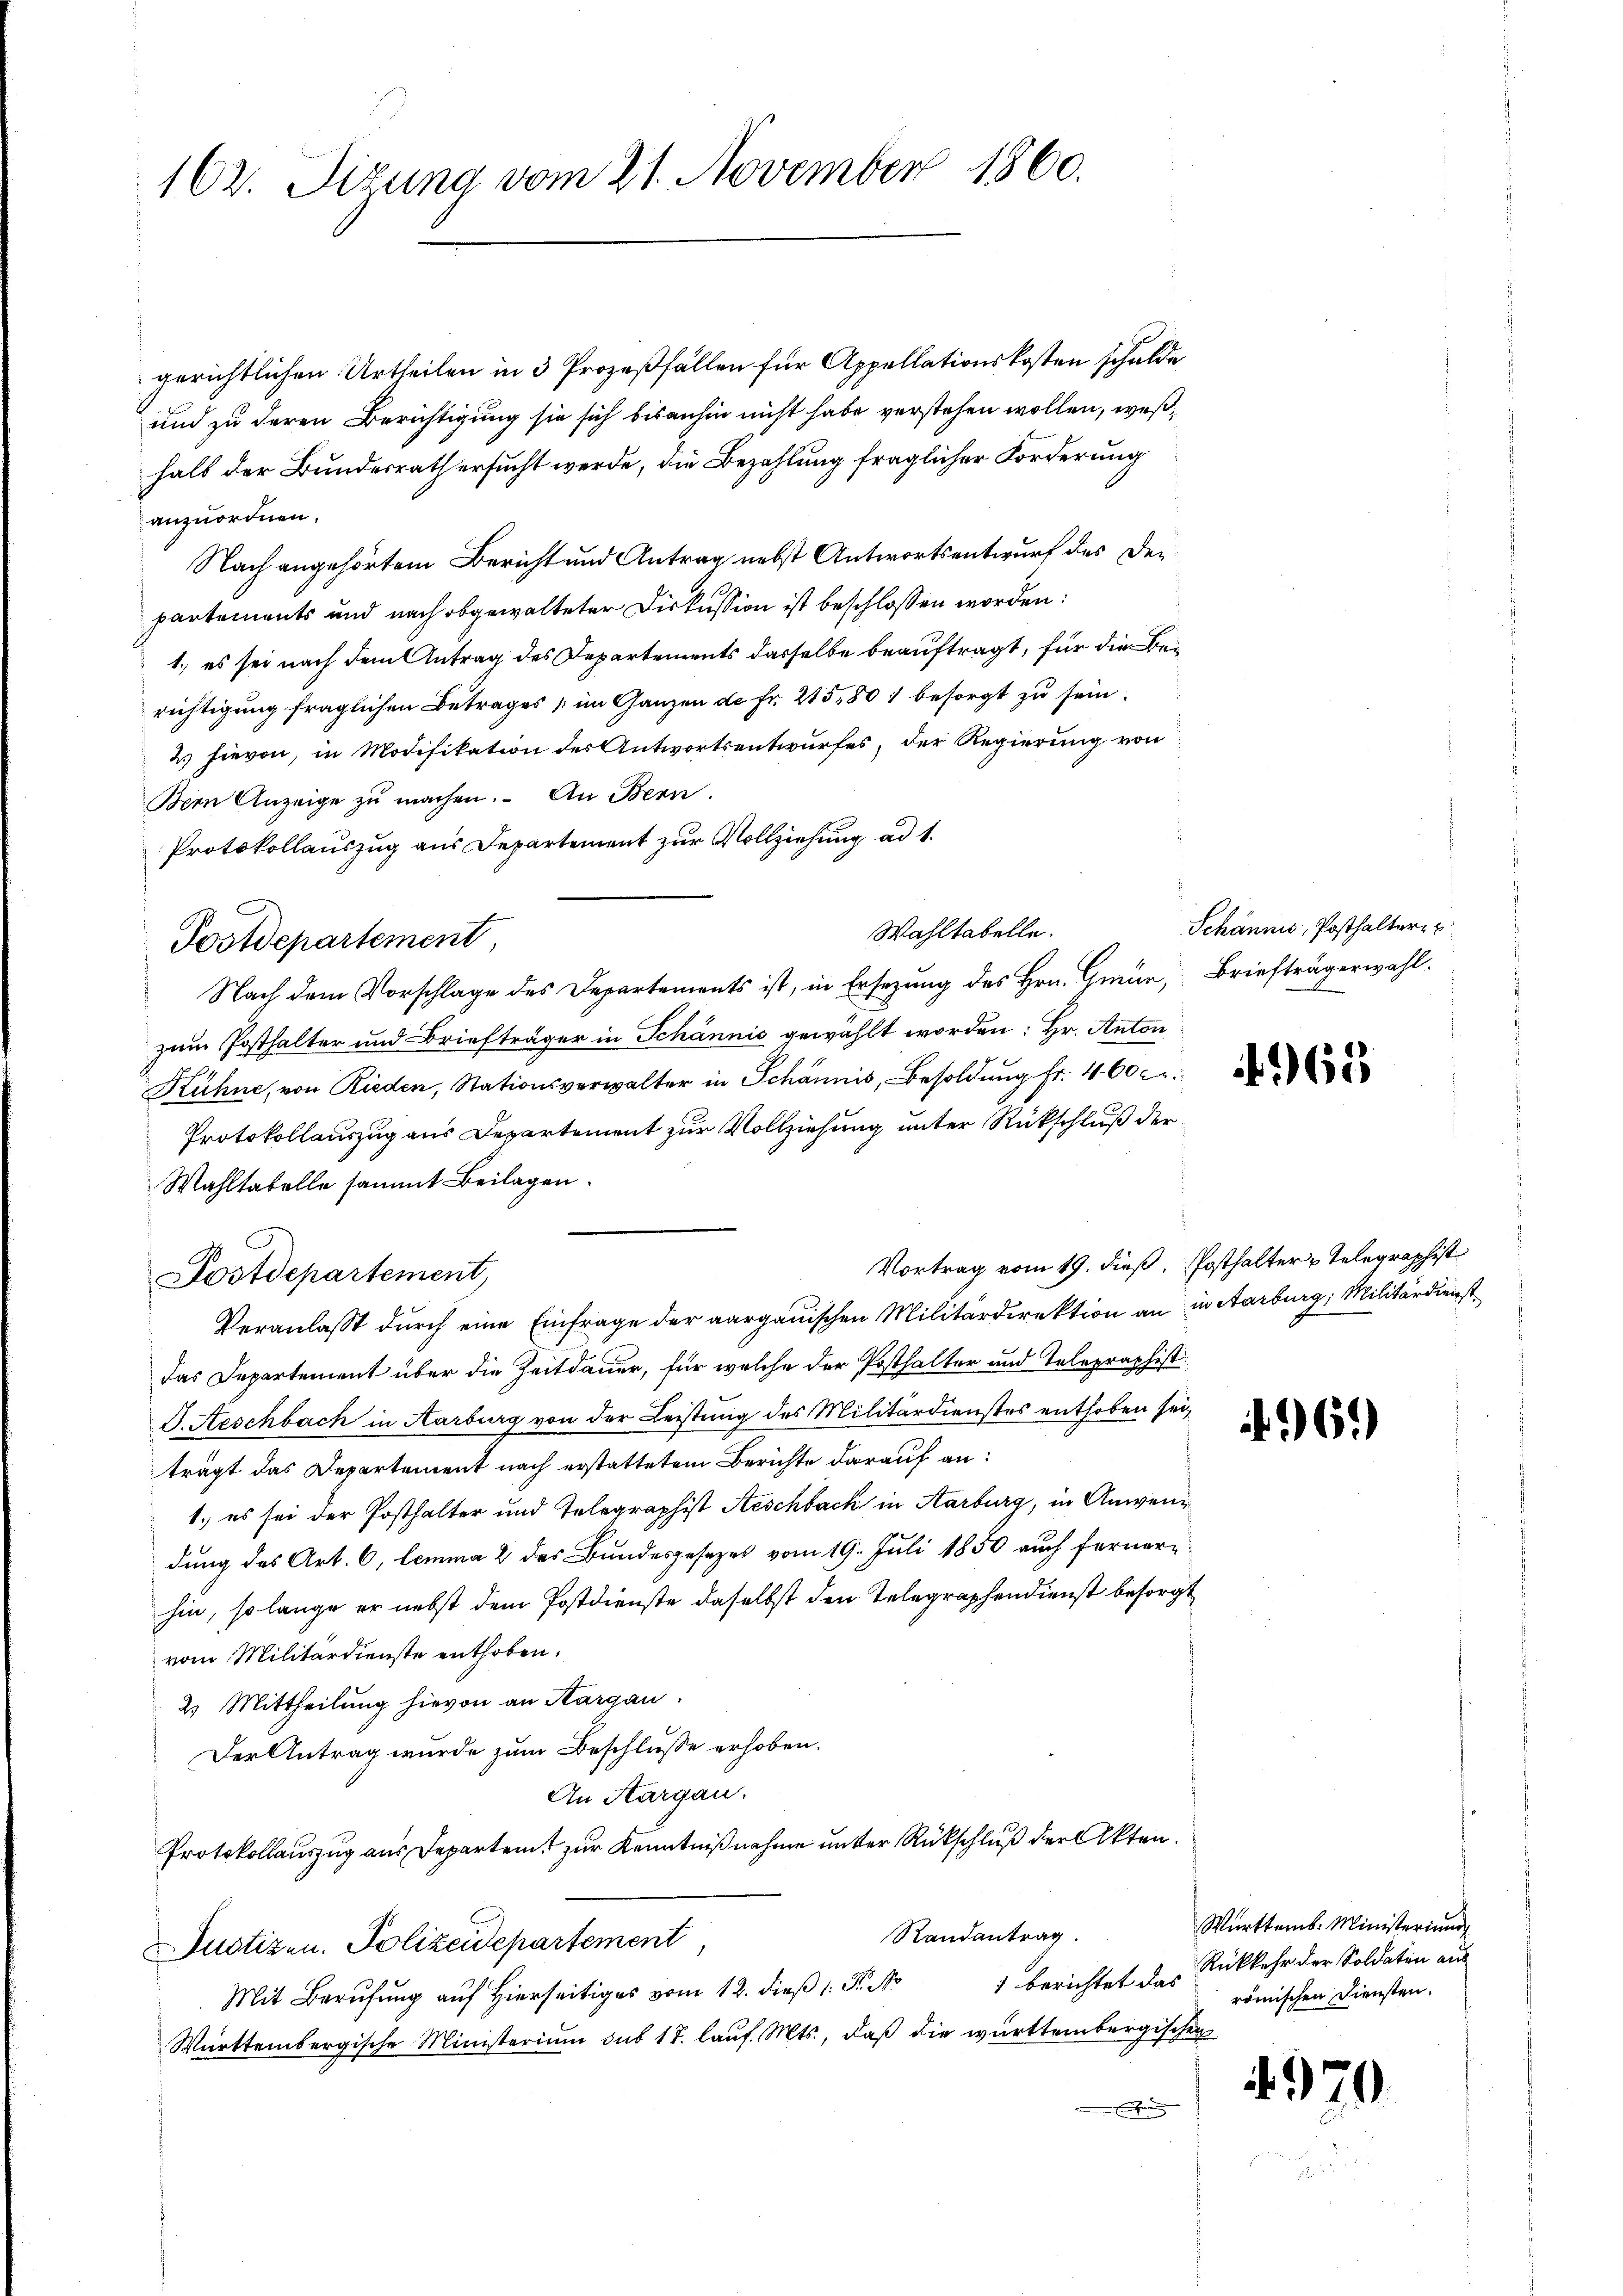
162. Sizung vom 21. November 1860.

gerichtlichen Urtheilen in 3 Prozeßfällen für Appellationskosten schulde
und zu deren Berichtigung sie sich bisanhin nicht habe verstehen wollen, weßhalb der Bundesrath ersucht werde, die Bezahlung fraglicher Forderung
anzuordnen.
Nach angehörtem Bericht und Antrag nebst Antwortsentwurf des De-
partements und nach obgewalteter Diskussion ist beschlossen worden:
1. es sei nach dem Antrag des Departements dasselbe beauftragt, für die Berichtigung fraglichen Betrages im Ganzen de Fr. 215,801 besorgt zu sein.
2 hievon, in Modifikation des Antwortsentwurfes, der Regierung von
Bern Anzeige zu machen. An Bern.
Protokollauszug aus Departement zur Vollziehung ad 1.
Wahltabelle.
Postdepartement
Nach dem Vorschlage des Departements ist, in Ersezung des Hrn. Gmür, Briefträgerwahl.
zum Posthalter und Briefträger in Schännis gewählt worden: Hr. Anton
Kühne, von Rieden, Stationsverwalter in Schännis, Besoldŭng fr. 460 c
Protokollauszug aus Departement zur Vollziehung unter Rückschluß der
Wahltabelle sammt Beilagen.
Vortrag vom 19. dieß, Posthalter u Telegraphist
Postdepartement,
Veranlasst durch eine Einfrage der aargauischen Militärdirektion an in Aarburg, Militärdienst
das Departement über die Zeitdauer, für welche der Posthalter und Telegraphist
J. Aeschbach in Karburg von der Leistung des Militärdienstes enthoben sei,
trägt das Departement nach erstattetem Berichte darauf an:
1.) es sei der Posthalter und Telegraphist Aeschback in Aarburg, in Anwendung des Art. 6, Lemma 2 des Bundesgesezes vom 19. Juli 1850 auch fernerhin, so lange er nebst dem Postdienste daselbst den Telegraphendienst besorgt
vom Militärdienste enthoben.
2. Mittheilung hievon an Kargau.
Der Antrag wurde zum Beschlusse erhoben.
An Aargau.
Protokollauszug aus Departent zur Kenntnißnahme unter Rückschluß der Akten.
Randantrag.
Justizen. Polizeidepartement
) berichtet das
Mit Berufung auf Hierseitiges vom 12. dieß 1: P. Nr
Württembergische Ministerium sub 17. lauf. Mts., daß die württembergischen

Schännis, Posthaltern u.

4965

96.

Württemb. Ministerium
Rückkehr der Soldaten aus
römischen Diensten.

.970.